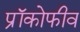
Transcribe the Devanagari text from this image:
प्रॉकोफीव